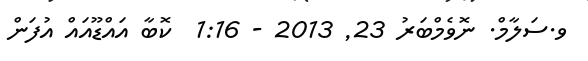
ވ.ސަލާމް. ނޮވެމްބަރު 23